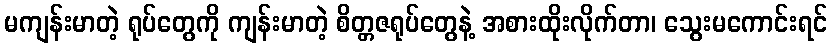
မကျန်းမာတဲ့ ရုပ်တွေကို ကျန်းမာတဲ့ စိတ္တဇရုပ်တွေနဲ့ အစားထိုးလိုက်တာ၊ သွေးမကောင်းရင်